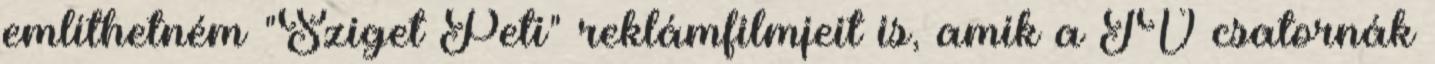
említhetném "Sziget Peti" reklámfilmjeit is, amik a TV csatornák